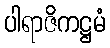
ပါရာဇိကဋ္ဌမံ